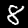
Label: 8